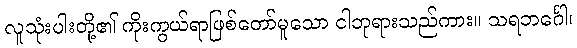
လူသုံးပါးတို့၏ ကိုးကွယ်ရာဖြစ်တော်မူသော ငါဘုရားသည်ကား။ သရဘင်္ဂေါ၊